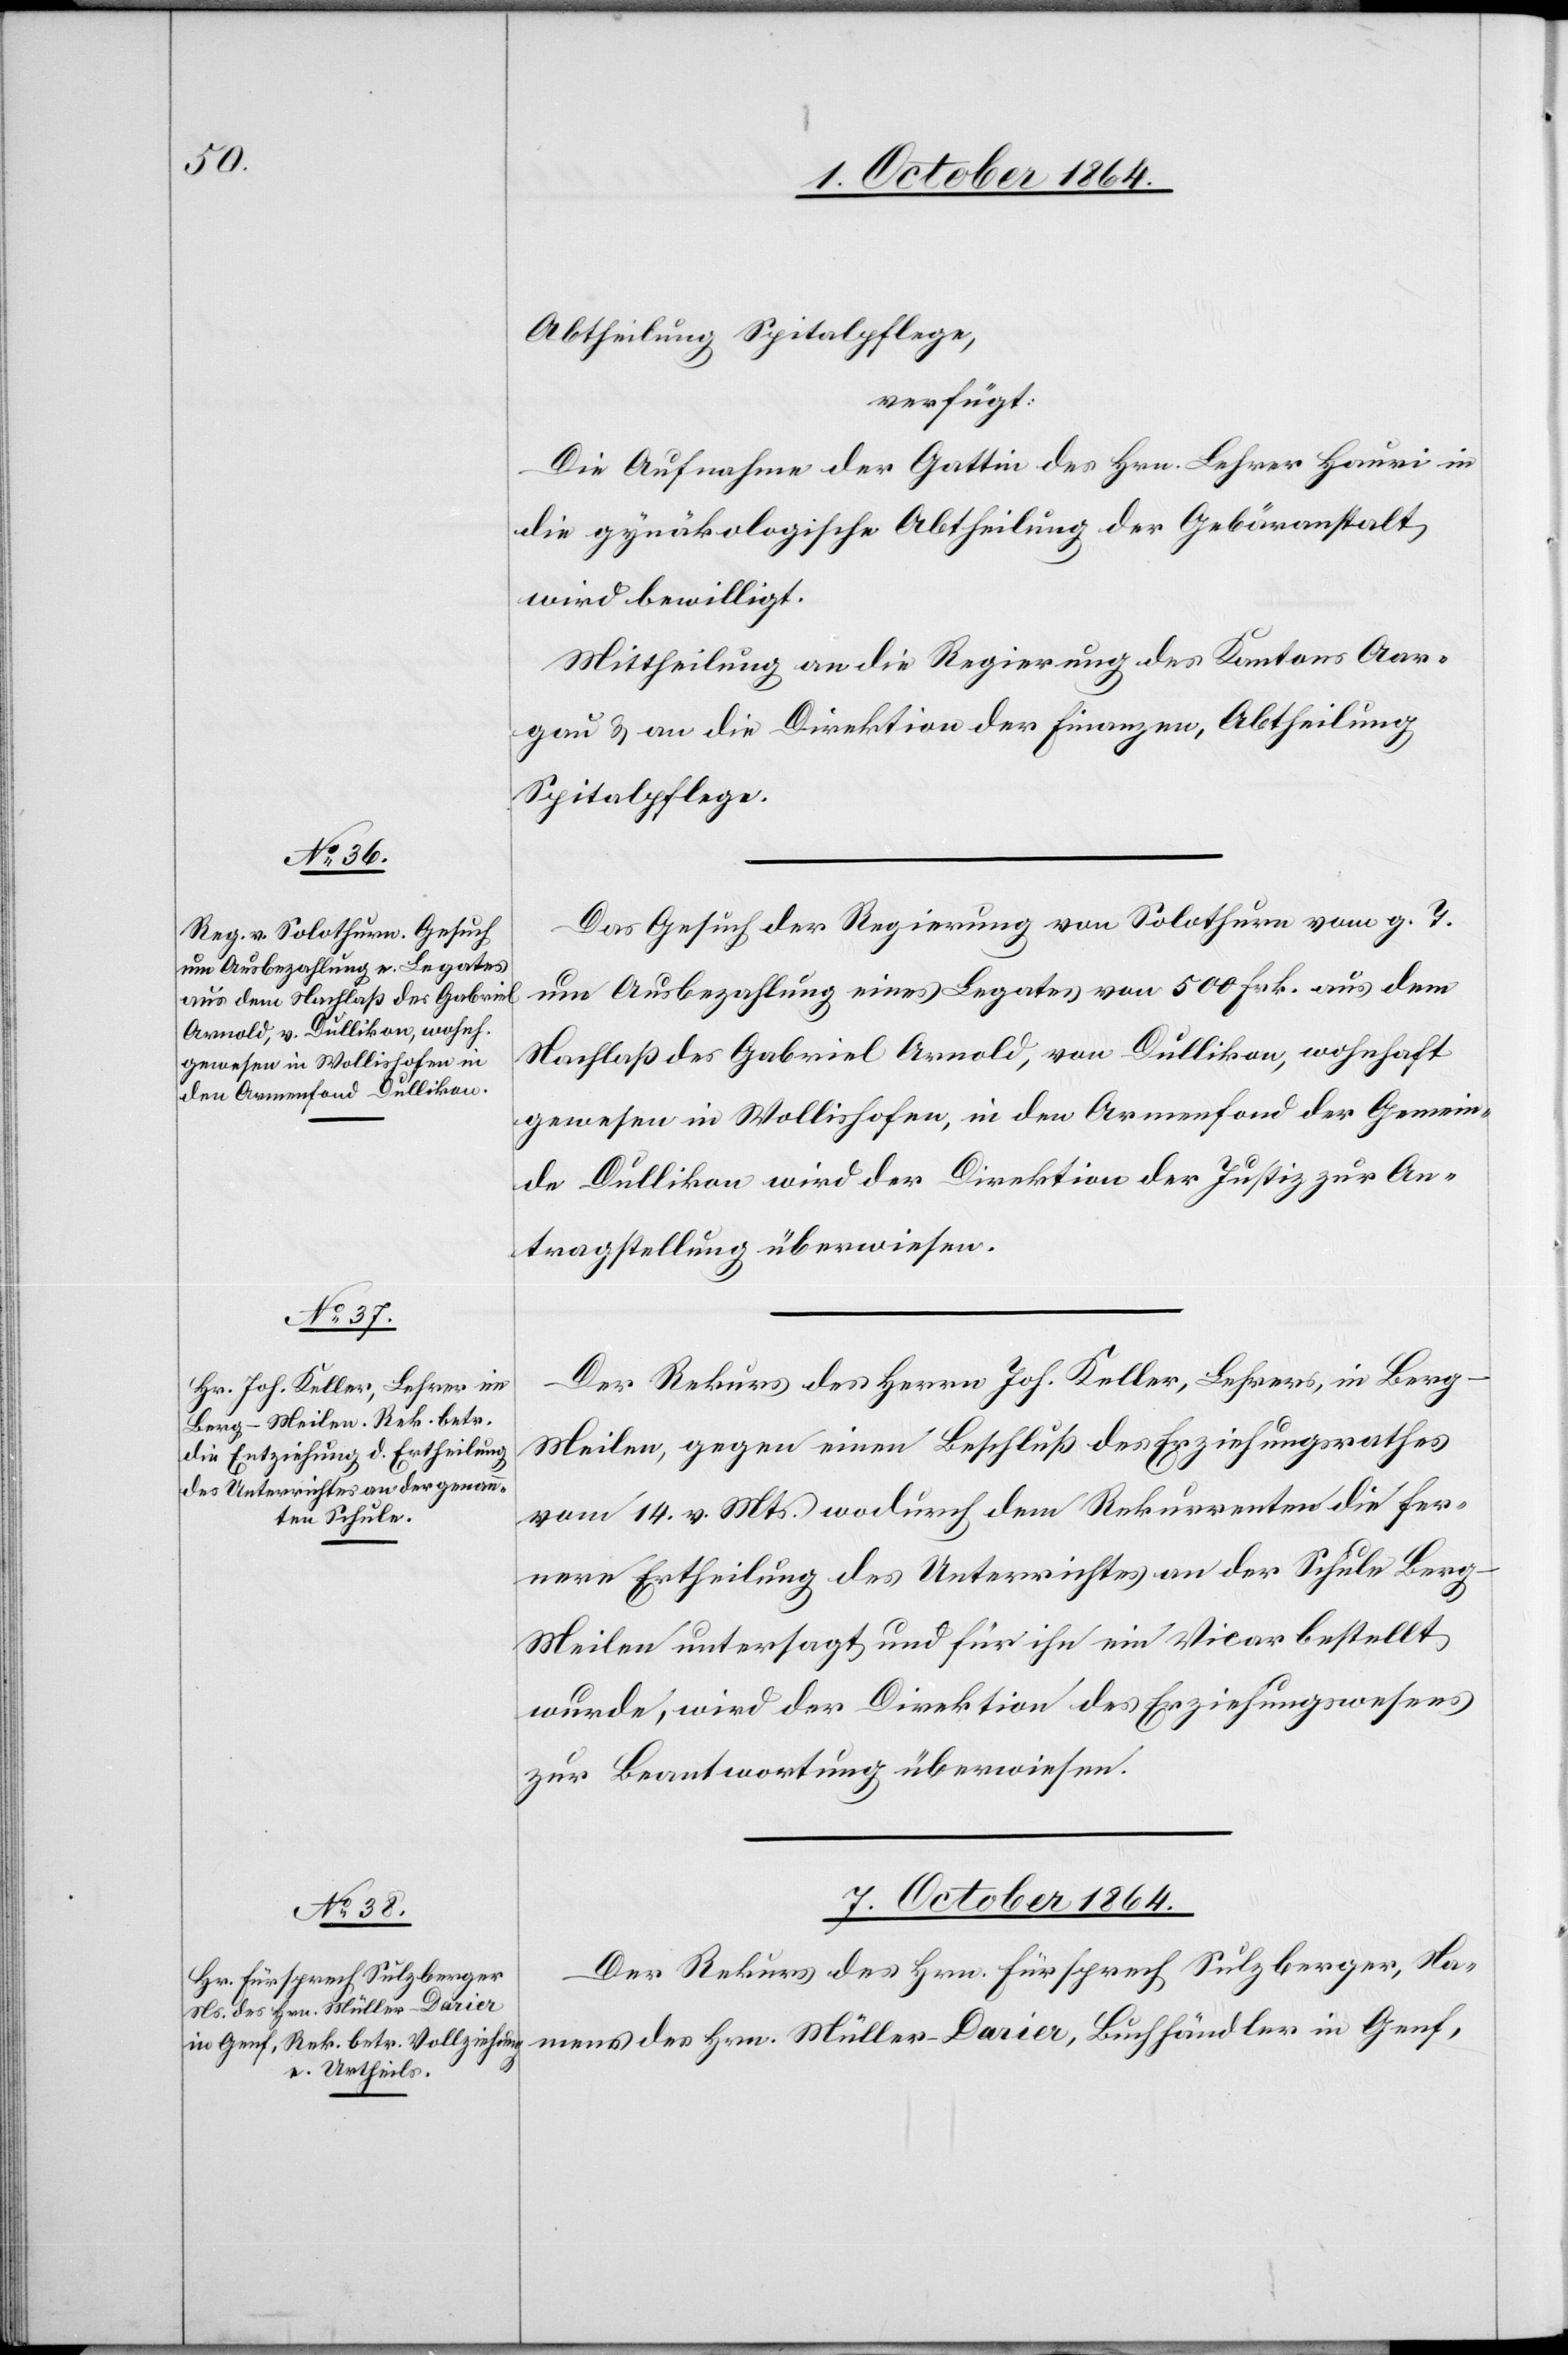
Abtheilung Spitalpflege,
verfügt:
Die Aufnahme der Gattin des Hrn. Lehrer Hauri in
die gynäkologische Abtheilung der Gebäranstalt
wird bewilligt.
Mittheilung an die Regierung des Kantons Aar¬
gau & an die Direktion der Finanzen, Abtheilung
Spitalpflege.
Das Gesuch der Regierung von Solothurn, vom g. T.
um Ausbezahlung eines Legates von 500 Frk. aus dem
Nachlaß des Gabriel Arnold, von Dullikon, wohnhaft
gewesen in Wollishofen, in den Armenfond der Gemein¬
de Dullikon wird der Direktion der Justiz zur An¬
tragstellung überwiesen.
Der Rekus des Herrn Joh. Keller, Lehrers, in Berg-M¬
eilen, gegen einen Beschluß des Erziehungsrathes
vom 14. v. Mts. wodurch dem Rekurrenten die fer¬
nere Ertheilung des Unterrichtes an der Schule Ber¬
g-Meilen untersagt und für ihn ein Vicar bestellt
wurde, wird der Direktion des Erziehungswesens
zur Beantwortung überwiesen.
7. October 1864.
Der Rekurs des Hrn. Fürsprech Sulzberger, Na¬
mens des Hrn. Müller-Darier, Buchhändler in Genf,